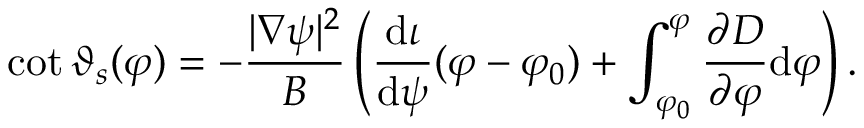
\cot \vartheta _ { s } ( \varphi ) = - \frac { | \nabla \psi | ^ { 2 } } { B } \left( \frac { \mathrm { d } \iota } { \mathrm { d } \psi } ( \varphi - \varphi _ { 0 } ) + \int _ { \varphi _ { 0 } } ^ { \varphi } \frac { \partial D } { \partial \varphi } \mathrm { d } \varphi \right) .